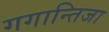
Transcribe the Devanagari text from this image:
गगान्तिजा